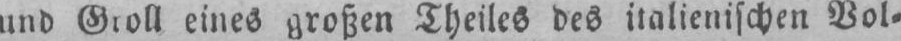
und Groll eines großen Theiles des italienischen Vol⸗